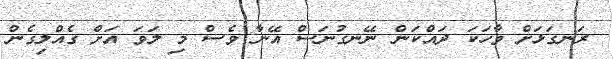
ރަނގަޅަށް ވާހަކަ ދައްކަން ނޭނގުނަސް އޭނާ ވެސް މި ލަވަ އަށް ގެއްލިގެން